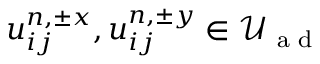
u _ { i j } ^ { n , \pm x } , u _ { i j } ^ { n , \pm y } \in \mathcal { U } _ { \textrm { a d } }